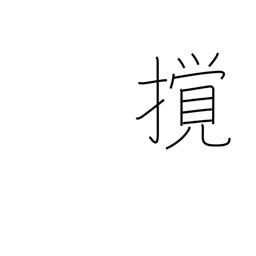
Meaning: disturb